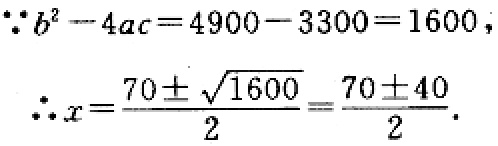
\(\because b^{2}-4ac = 4900 - 3300 = 1600\)，

\(\therefore x=\frac{70\pm\sqrt{1600}}{2}=\frac{70\pm40}{2}\)。